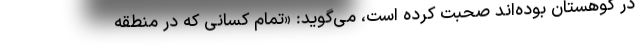
در کوهستان بوده‌اند صحبت کرده است، می‌گوید: «تمام کسانی که در منطقه